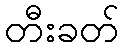
တီးခတ်